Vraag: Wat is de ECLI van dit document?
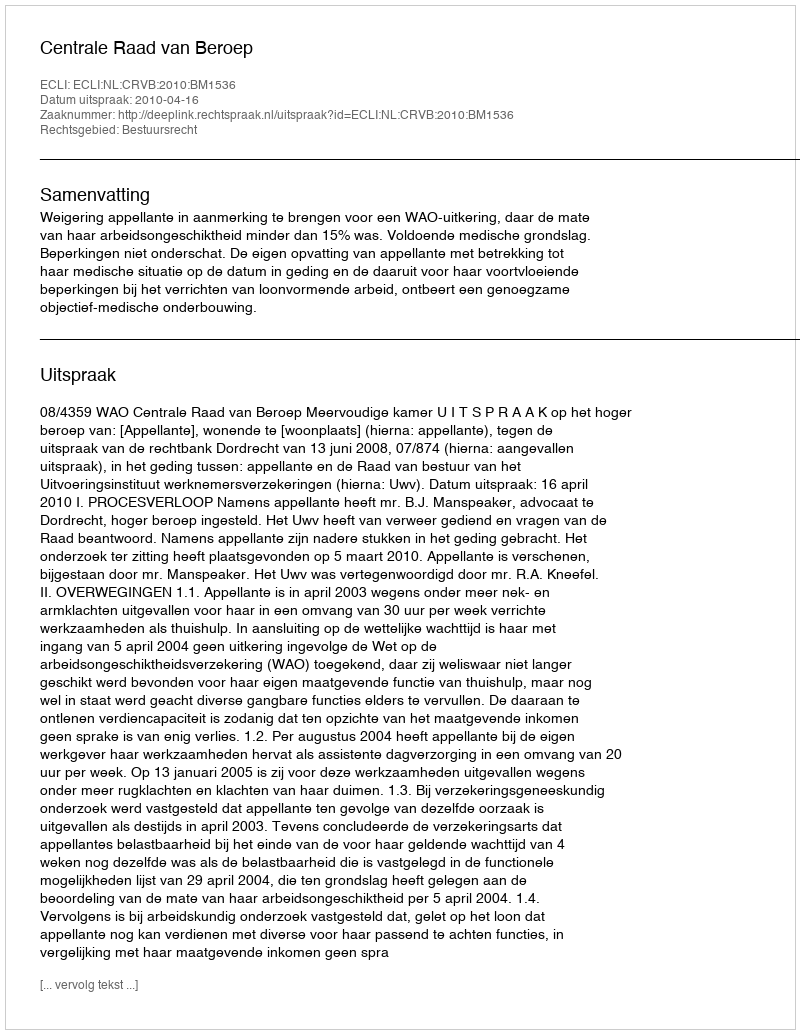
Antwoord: ECLI:NL:CRVB:2010:BM1536